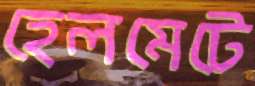
হেলমেটে